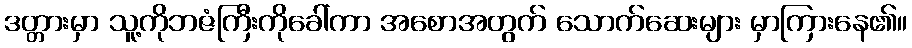
ဒတ္တားမှာ သူ့ကိုဘဇံကြီးကိုခေါ်ကာ အစောအတွက် သောက်ဆေးများ မှာကြားနေ၏။